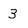
Character: 3